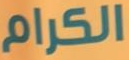
الكرام